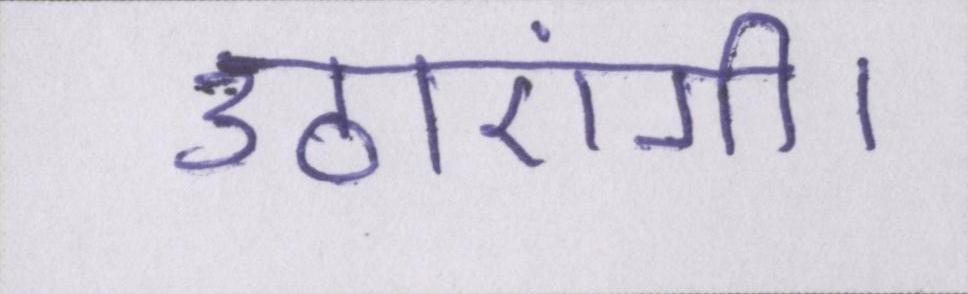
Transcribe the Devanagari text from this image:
उठाएंगी।